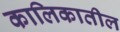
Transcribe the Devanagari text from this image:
कालिकातील